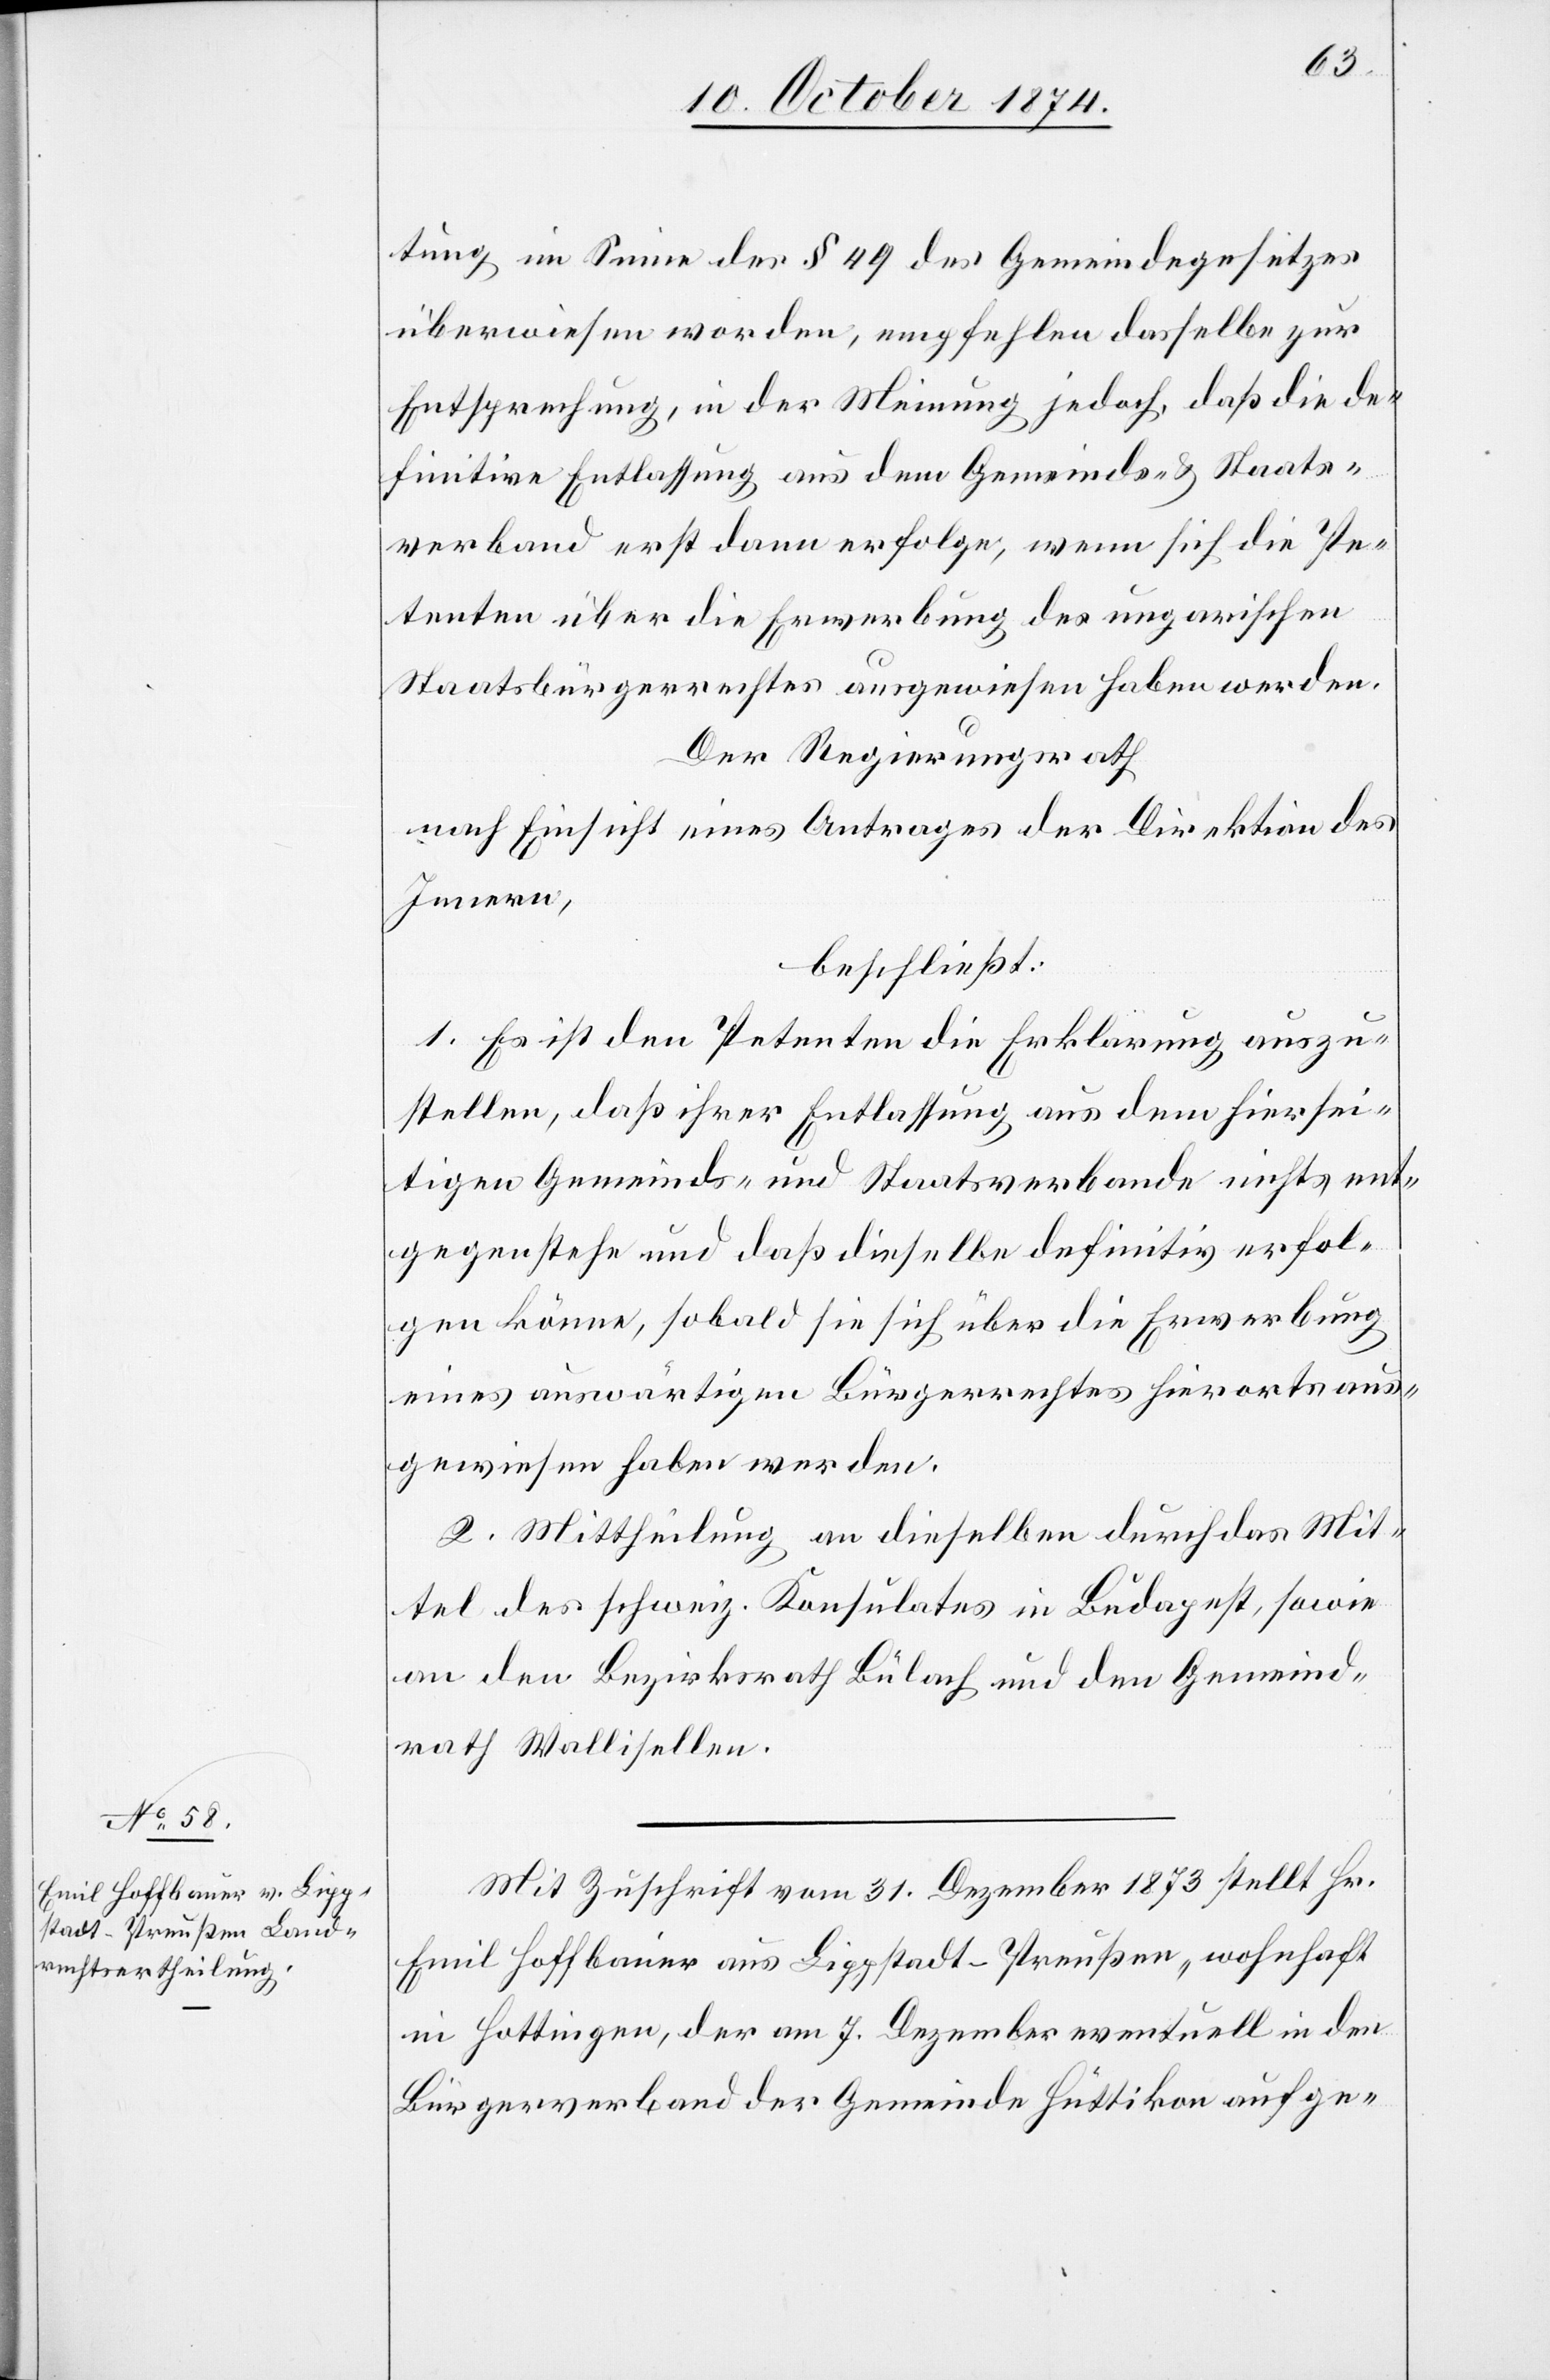
tung im Sinne des § 49 des Gemeindesitzes
überwiesen worden, empfehlen dasselbe zur
Entsprechung, in der Meinung jedoch, daß die de¬
finitive Entlassung aus dem Gemeinde- & Staats¬
verband erst dann erfolgte, wenn sich die Pe¬
tenten über die Erwerbung des ungarischen
Staatsbürgerrechtes ausgewiesen haben werden.
Der Regierungsrath
nach Einsicht eines Antrages der Direktion des
Innern,
beschließt:
1. Es ist den Petenten die Erklärung auszu¬
stellen, daß ihrer Entlassung aus dem hiersei¬
tigen Gemeinds- und Staatsverbande nichts ent¬
gegenstehe und daß dieselbe definitiv erfol¬
gen könne, sobald sie sich über die Erwerbung
eines auswärtigen Bürgerrechtes hierorts aus¬
gewiesen haben werden.
2. Mittheilung an dieselben durch das Mit¬
tel des schweiz. Konsulates in Budapest, sowie
an den Bezirksrath Bülach und den Gemeind¬
rath Wallisellen.
Mit Zuschrift vom 31. Dezember 1873 stellt Hr.
Emil Hoffbauer aus Lippstadt-Preußen, wohnhaft
in Hottingen, der am 7. Dezember eventuell in dem
Bürgerverband der Gemeinde Hüttikon aufge-